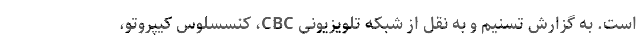
است. به گزارش تسنیم و به نقل از شبکه تلویزیونی CBC، کنسسلوس کیپروتو،